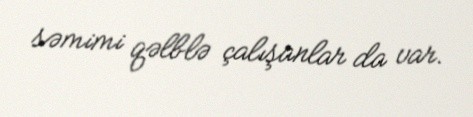
səmimi qəlblə çalışanlar da var.